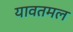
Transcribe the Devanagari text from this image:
यावतमल